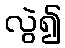
လွဲ၍